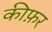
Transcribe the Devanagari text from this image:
कीफ़र